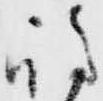
島